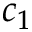
c _ { 1 }